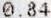
0.84